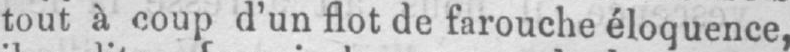
tout à coup d’un flot de farouche éloquence,